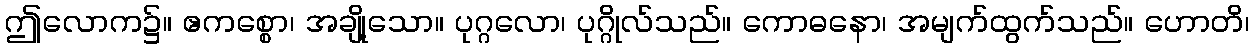
ဤလောက၌။ ဧကစ္စော၊ အချို့သော။ ပုဂ္ဂလော၊ ပုဂ္ဂိုလ်သည်။ ကောဓနော၊ အမျက်ထွက်သည်။ ဟောတိ၊